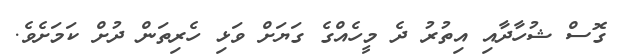
ގޮސް ޝުހާދާއި އިތުރު ދެ މީހެއްގެ ގަޔަށް ވަޅި ހެރިތަން ދުށް ކަމަށެވެ.